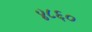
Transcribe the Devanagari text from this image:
४८६०